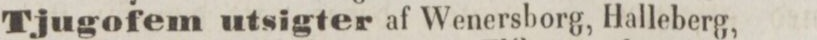
Tjugofem utsigter af Wenersborg, Halleberg,